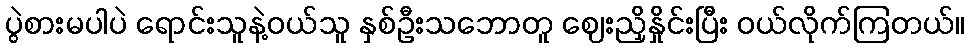
ပွဲစားမပါပဲ ရောင်းသူနဲ့ဝယ်သူ နှစ်ဦးသဘောတူ ဈေးညှိနှိုင်းပြီး ဝယ်လိုက်ကြတယ်။